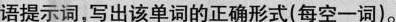
语提示词,写出该单词的正确形式(每空一词)。